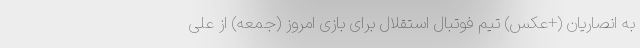
به انصاریان (+عکس) تیم فوتبال استقلال برای بازی امروز (جمعه) از علی